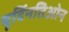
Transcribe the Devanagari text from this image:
चूर्दिनतिओन